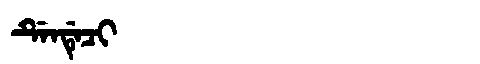
Manchu: ᡩᡝᠨᡩᡝᠴᡳ
Romanization: DENDECI